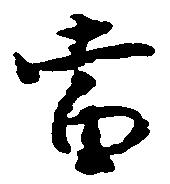
当